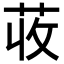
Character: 荍